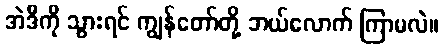
အဲဒီကို သွားရင် ကျွန်တော်တို့ ဘယ်လောက် ကြာမလဲ။